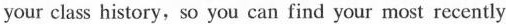
your class history so you can find your most recently